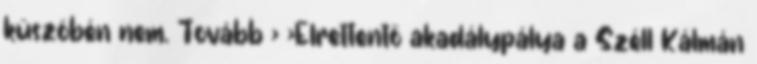
küszöbén nem. Tovább › ›Elrettentő akadálypálya a Széll Kálmán